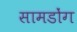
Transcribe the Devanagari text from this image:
सामडोंग